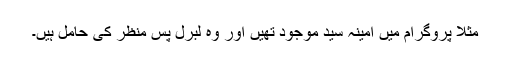
مثلا پروگرام میں امینہ سید موجود تھیں اور وہ لبرل پس منظر کی حامل ہیں۔